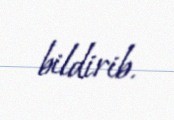
bildirib.